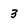
Character: 3